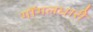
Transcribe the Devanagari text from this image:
गॉगलधारी